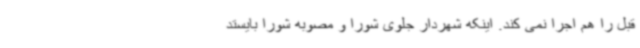
قبل را هم اجرا نمی کند. اینکه شهردار جلوی شورا و مصوبه شورا بایستد